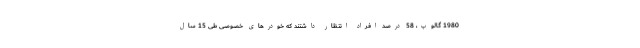
1980 گالوپ، 58 درصد افراد انتظار داشتند که خودرهای خصوصی طی 15 سال